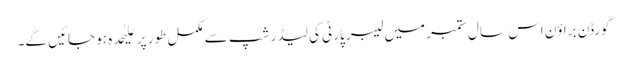
گورڈن براؤن اس سال ستمبر میں لیبر پارٹی کی لیڈر شپ سے مکمل طور پر علیٰحدہ ہو جائیں گے۔